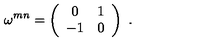
\omega ^ { m n } = \left( \begin{array} { c c } { 0 } & { 1 } \\ { - 1 } & { 0 } \\ \end{array} \right) \ .